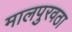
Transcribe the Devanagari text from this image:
मालपुरवठा